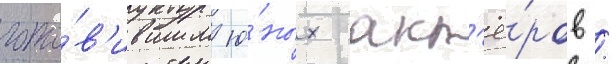
гото́в'ившим ю́ных акт'ё́ров /